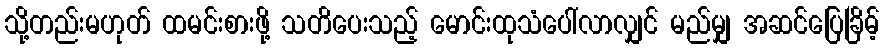
သို့တည်းမဟုတ် ထမင်းစားဖို့ သတိပေးသည့် မောင်းထုသံပေါ်လာလျှင် မည်မျှ အဆင်ပြေခြိမ့်